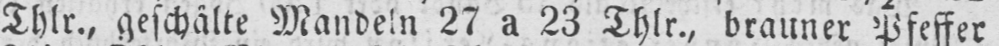
Thlr., geschälte Mandeln 27 a 23 Thlr., brauner Pfeffer